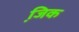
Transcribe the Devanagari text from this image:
जि़क